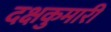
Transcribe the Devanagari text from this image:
दक्षकुमारी